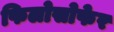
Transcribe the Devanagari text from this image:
फिलोसोफेर